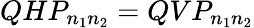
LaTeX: QHP_{n_{1}n_{2}}=QVP_{n_{1}n_{2}}